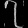
Digit: ၇